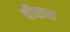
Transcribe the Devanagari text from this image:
बीसरा